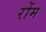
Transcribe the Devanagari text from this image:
रोंम